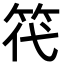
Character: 笩